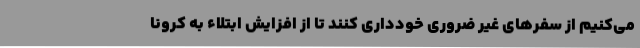
می‌کنیم از سفرهای غیر ضروری خودداری کنند تا از افزایش ابتلاء به کرونا